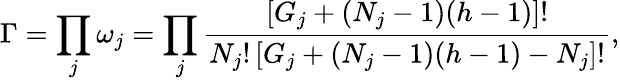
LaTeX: \Gamma=\prod_{j}\omega_{j}=\prod_{j}\frac{\left[G_{j}+(N_{j}-1)(h-1)\right]!}{N_{j}!\left[G_{j}+(N_{j}-1)(h-1)-N_{j}\right]!},